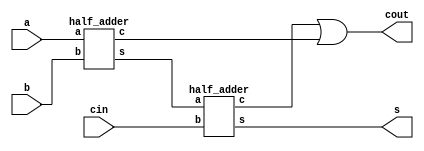
// This program was cloned from: https://github.com/quocthinh1511/FloatingPointUnit
// License: MIT License

module FA (a, b, cin, s ,cout);
input a , b , cin;
output s , cout;
wire a,b,cin;
wire c1,c0;
wire sum,cout,s  ;
half_adder half_adder_00(a , b , c0, sum );
half_adder half_adder_01(sum , cin , c1 , s);
assign cout = c1 | c0;
endmodule
module half_adder (a, b, c, s);
input a,b;
output s,c;
wire a,b,c,s;
assign s = a ^ b;
assign c = a &b;
endmodule
module cong_8bit(  in1,in2  , S , Cout);
input [7:0]in1,in2; 
output [7:0]S ;
output Cout; 
wire [8:1] temp;

FA FA_0(in1[0], in2[0], 1'b0, S[0], temp[1]);
  FA FA_1(in1[1], in2[1], temp[1], S[1], temp[2]);
  FA FA_2(in1[2], in2[2], temp[2], S[2], temp[3]);
  FA FA_3(in1[3], in2[3], temp[3], S[3], temp[4]);
  FA FA_4(in1[4], in2[4], temp[4], S[4], temp[5]);
  FA FA_5(in1[5], in2[5], temp[5], S[5], temp[6]);
  FA FA_6(in1[6], in2[6], temp[6], S[6], temp[7]);
  FA FA_7(in1[7], in2[7], temp[7], S[7], temp[8]);
 
assign Cout=temp[8];
//assign S[8]=Cout;

endmodule